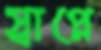
স্বাপ্নে